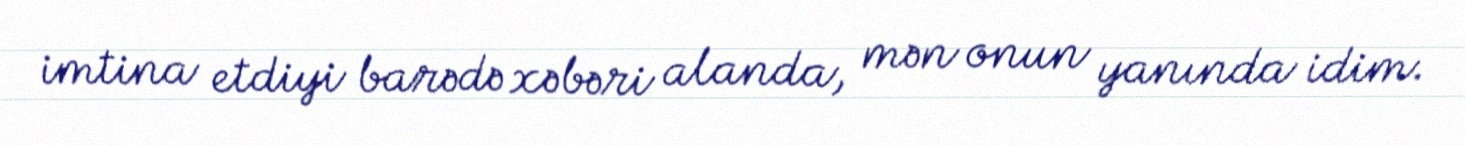
imtina etdiyi barədə xəbəri alanda, mən onun yanında idim.